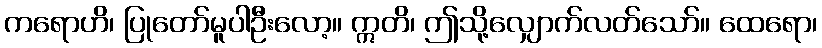
ကရောဟိ၊ ပြုတော်မူပါဦးလော့။ ဣတိ၊ ဤသို့လျှောက်လတ်သော်။ ထေရော၊